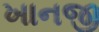
ખાનજી